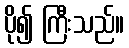
ပို၍ ကြီးသည်။